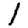
Digit: 1